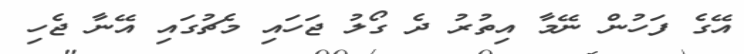
އޭގެ ފަހުން ނޭމާ އިތުރު ދެ ގޯލު ޖަހައި މެޗުގައި އޭނާ ޖެހި